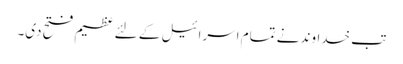
تب خداوند نے تمام اسرا ئیل کے لئے عظیم فتح دی۔